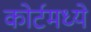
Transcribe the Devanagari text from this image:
कोर्टमध्ये